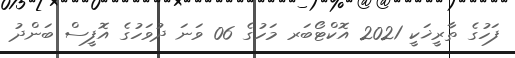
ފަހުގެ ތާރީޚަކީ 2021 އޮކްޓޯބަރ މަހުގެ 06 ވަނަ ދުވަހުގެ އޮފީސް ބަންދު